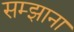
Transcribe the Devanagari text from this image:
सम्झाना